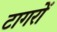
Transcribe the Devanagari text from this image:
टागरों